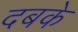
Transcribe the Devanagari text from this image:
दबके